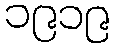
၁၉၁၉